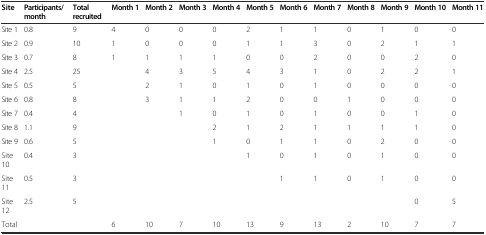
<table><thead><tr><td><b>Site</b></td><td><b>Participants/month</b></td><td><b>Total recruited</b></td><td><b>Month 1</b></td><td><b>Month 2</b></td><td><b>Month 3</b></td><td><b>Month 4</b></td><td><b>Month 5</b></td><td><b>Month 6</b></td><td><b>Month 7</b></td><td><b>Month 8</b></td><td><b>Month 9</b></td><td><b>Month 10</b></td><td><b>Month 11</b></td></tr></thead><tbody><tr><td>Site 1</td><td>0.8</td><td>9</td><td>4</td><td>0</td><td>0</td><td>0</td><td>2</td><td>1</td><td>1</td><td>0</td><td>1</td><td>0</td><td>0</td></tr><tr><td>Site 2</td><td>0.9</td><td>10</td><td>1</td><td>0</td><td>0</td><td>0</td><td>1</td><td>1</td><td>3</td><td>0</td><td>2</td><td>1</td><td>1</td></tr><tr><td>Site 3</td><td>0.7</td><td>8</td><td>1</td><td>1</td><td>1</td><td>1</td><td>0</td><td>0</td><td>2</td><td>0</td><td>0</td><td>2</td><td>0</td></tr><tr><td>Site 4</td><td>2.5</td><td>25</td><td>[EMPTY_CELL]</td><td>4</td><td>3</td><td>5</td><td>4</td><td>3</td><td>1</td><td>0</td><td>2</td><td>2</td><td>1</td></tr><tr><td>Site 5</td><td>0.5</td><td>5</td><td>[EMPTY_CELL]</td><td>2</td><td>1</td><td>0</td><td>1</td><td>0</td><td>1</td><td>0</td><td>0</td><td>0</td><td>0</td></tr><tr><td>Site 6</td><td>0.8</td><td>8</td><td>[EMPTY_CELL]</td><td>3</td><td>1</td><td>1</td><td>2</td><td>0</td><td>0</td><td>1</td><td>0</td><td>0</td><td>0</td></tr><tr><td>Site 7</td><td>0.4</td><td>4</td><td>[EMPTY_CELL]</td><td>[EMPTY_CELL]</td><td>1</td><td>0</td><td>1</td><td>0</td><td>1</td><td>0</td><td>0</td><td>1</td><td>0</td></tr><tr><td>Site 8</td><td>1.1</td><td>9</td><td>[EMPTY_CELL]</td><td>[EMPTY_CELL]</td><td>[EMPTY_CELL]</td><td>2</td><td>1</td><td>2</td><td>1</td><td>1</td><td>1</td><td>1</td><td>0</td></tr><tr><td>Site 9</td><td>0.6</td><td>5</td><td>[EMPTY_CELL]</td><td>[EMPTY_CELL]</td><td>[EMPTY_CELL]</td><td>1</td><td>0</td><td>1</td><td>1</td><td>0</td><td>2</td><td>0</td><td>0</td></tr><tr><td>Site 10</td><td>0.4</td><td>3</td><td>[EMPTY_CELL]</td><td>[EMPTY_CELL]</td><td>[EMPTY_CELL]</td><td>[EMPTY_CELL]</td><td>1</td><td>0</td><td>1</td><td>0</td><td>1</td><td>0</td><td>0</td></tr><tr><td>Site 11</td><td>0.5</td><td>3</td><td>[EMPTY_CELL]</td><td>[EMPTY_CELL]</td><td>[EMPTY_CELL]</td><td>[EMPTY_CELL]</td><td>[EMPTY_CELL]</td><td>1</td><td>1</td><td>0</td><td>1</td><td>0</td><td>0</td></tr><tr><td>Site 12</td><td>2.5</td><td>5</td><td>[EMPTY_CELL]</td><td>[EMPTY_CELL]</td><td>[EMPTY_CELL]</td><td>[EMPTY_CELL]</td><td>[EMPTY_CELL]</td><td>[EMPTY_CELL]</td><td>[EMPTY_CELL]</td><td>[EMPTY_CELL]</td><td>[EMPTY_CELL]</td><td>0</td><td>5</td></tr><tr><td>Total</td><td>[EMPTY_CELL]</td><td>[EMPTY_CELL]</td><td>6</td><td>10</td><td>7</td><td>10</td><td>13</td><td>9</td><td>13</td><td>2</td><td>10</td><td>7</td><td>7</td></tr></tbody></table>